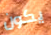
يكون